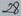
Text: 28